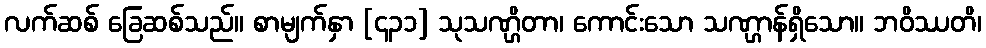
လက်ဆစ် ခြေဆစ်သည်။ စာမျက်နှာ [၄၃၁] သုသဏ္ဌိတာ၊ ကောင်းသော သဏ္ဌာန်ရှိသော။ ဘဝိဿတိ၊